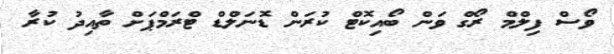
ވޯސް ފިލްމް ރޯގް ވަން ބޯއިކޮޓް ކުރަން ޑޮނަލްޑް ޓްރަމްޕަށް ތާއިދު ކުރާ